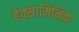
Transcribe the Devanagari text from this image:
हेक्सामिनिक